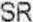
SR